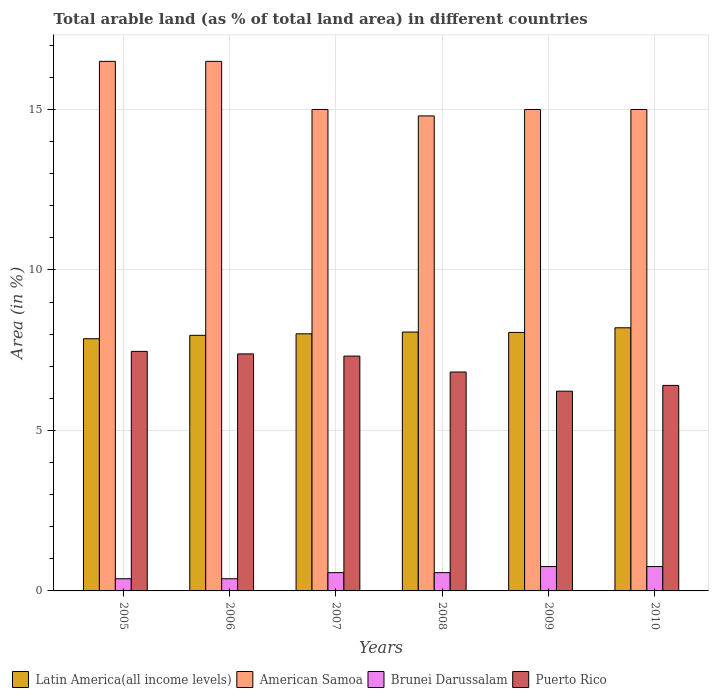
| Years | Latin America(all income levels) | American Samoa | Brunei Darussalam | Puerto Rico |
 | --- | --- | --- | --- | --- |
 | 2005 | 7.86 | 16.5 | 0.38 | 7.46 |
 | 2006 | 7.96 | 16.5 | 0.38 | 7.38 |
 | 2007 | 8.01 | 15 | 0.569 | 7.32 |
 | 2008 | 8.07 | 14.8 | 0.569 | 6.82 |
 | 2009 | 8.05 | 15 | 0.759 | 6.22 |
 | 2010 | 8.2 | 15 | 0.759 | 6.4 |